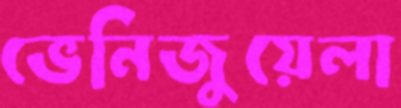
ভেনিজুয়েলা